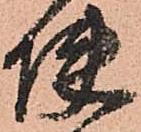
使